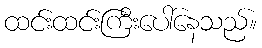
ထင်းထင်းကြီးပေါ်နေသည်။